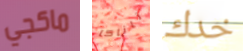
ماكجي تاناكا خدك